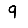
Digit: 9